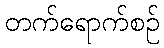
တက်ရောက်စဉ်